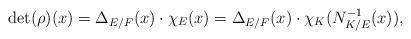
\begin{align*} \det(\rho)(x)=\Delta_{E/F}(x)\cdot\chi_E(x)=\Delta_{E/F}(x)\cdot\chi_K(N_{K/E}^{-1}(x)),\end{align*}